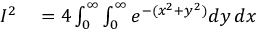
\begin{array} { r l } { I ^ { 2 } } & { { } = 4 \int _ { 0 } ^ { \infty } \int _ { 0 } ^ { \infty } e ^ { - ( x ^ { 2 } + y ^ { 2 } ) } d y \, d x } \end{array}